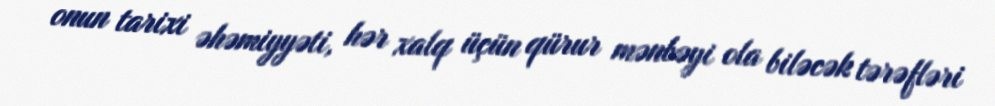
onun tarixi əhəmiyyəti, hər xalq üçün qürur mənbəyi ola biləcək tərəfləri